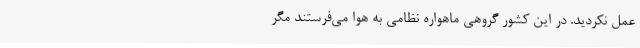
عمل نکردید. در این کشور گروهی ماهواره نظامی به هوا می‌فرستند مگر